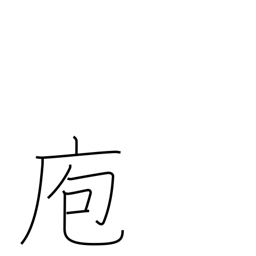
Meaning: kitchen